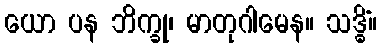
ယော ပန ဘိက္ခု၊ မာတုဂါမေန။ သဒ္ဓိံ။